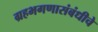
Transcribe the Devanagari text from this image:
ग्रहभगणासंबंधीचे